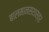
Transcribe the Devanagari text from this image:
बालमानसशास्त्र